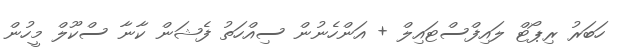
ހަބަރު ރިޕޯޓް ލައިފްސްޓައިލް + އަންހެނުން ސިއްހަތު ފެޝަން ކާނާ ސްކޫލް މީހުން